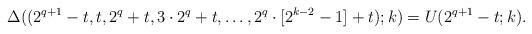
LaTeX: \begin{align*} \Delta((2^{q+1}-t,t,2^q+t, 3\cdot 2^q+t, \ldots, 2^q\cdot [2^{k-2}-1]+t);k)=U(2^{q+1}-t;k). \end{align*}